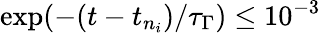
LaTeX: \exp(-(t-t_{n_{i}})/\tau_{\Gamma})\leq 10^{-3}